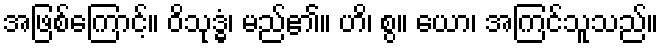
အဖြစ်ကြောင့်။ ဝိသုဒ္ဓံ၊ မည်၏။ ဟိ၊ စွ။ ယော၊ အကြင်သူသည်။